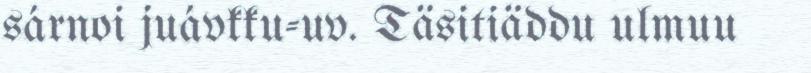
sárnoi juávkku-uv. Täsitiäddu ulmuu